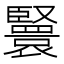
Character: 𦣴